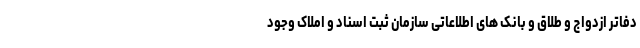
دفاتر ازدواج و طلاق و بانک های اطلاعاتی سازمان ثبت اسناد و املاک وجود